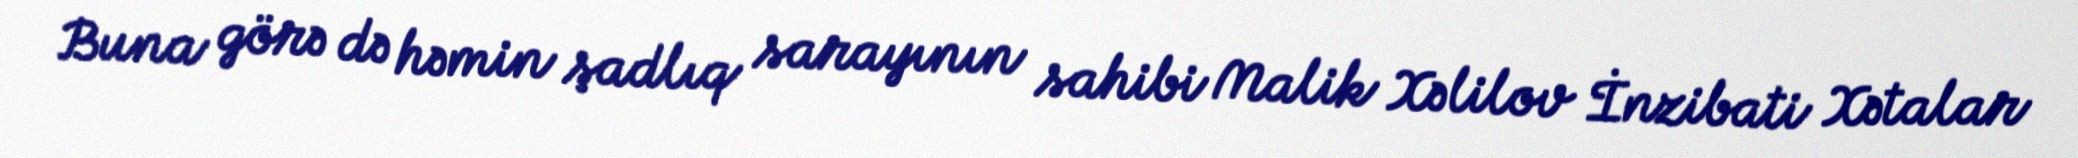
Buna görə də həmin şadlıq sarayının sahibi Malik Xəlilov İnzibati Xətalar